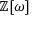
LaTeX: \mathbb { Z } [ \omega ]